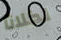
لكلانا